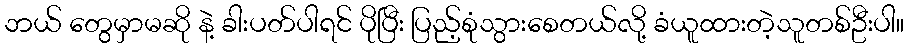
ဘယ် တွေမှာမဆို နဲ့ ခါးပတ်ပါရင် ပိုပြီး ပြည့်စုံသွားစေတယ်လို့ ခံယူထားတဲ့သူတစ်ဦးပါ။